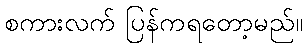
စကားလက် ပြန်ကရတော့မည်။